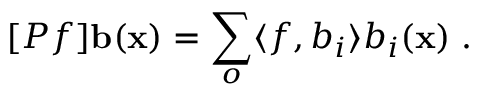
[ P f ] { \bf b } ( { \bf x } ) = \sum _ { o } \langle f , b _ { i } \rangle b _ { i } ( { \bf x } ) \; .